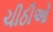
ચીઠીઓ